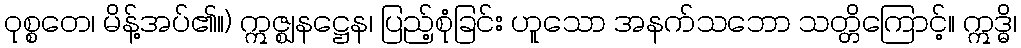
ဝုစ္စတေ၊ မိန့်အပ်၏။) ဣဇ္ဈနဋ္ဌေန၊ ပြည့်စုံခြင်း ဟူသော အနက်သဘော သတ္တိကြောင့်။ ဣဒ္ဓိ၊